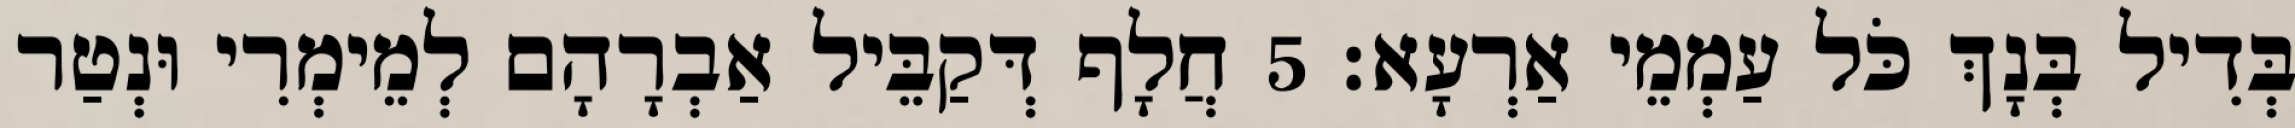
בְּדִיל בְּנָךְ כֹּל עַמְמֵי אַרְעָא׃ 5 חֲלָף דְּקַבֵּיל אַבְרָהָם לְמֵימְרִי וּנְטַר